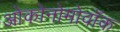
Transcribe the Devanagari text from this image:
ओकोनोमोवॉक